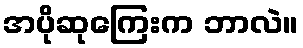
အပိုဆုကြေးက ဘာလဲ။